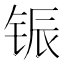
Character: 𫓵